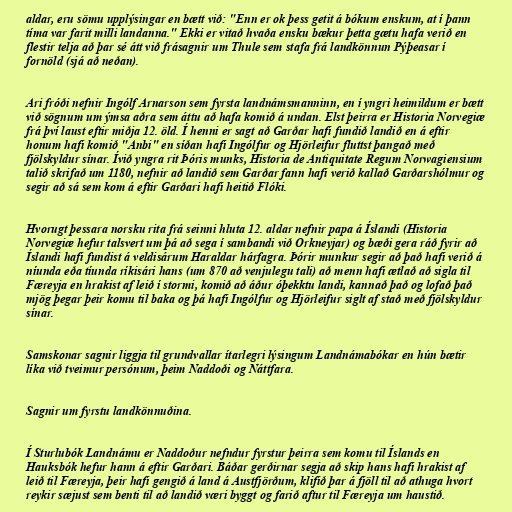
aldar, eru sömu upplýsingar en bætt við: "Enn er ok þess getit á bókum enskum, at í þann
tíma var farit milli landanna." Ekki er vitað hvaða ensku bækur þetta gætu hafa verið en
flestir telja að þar sé átt við frásagnir um Thule sem stafa frá landkönnun Pýþeasar í
fornöld (sjá að neðan).

Ari fróði nefnir Ingólf Arnarson sem fyrsta landnámsmanninn, en í yngri heimildum er bætt
við sögnum um ýmsa aðra sem áttu að hafa komið á undan. Elst þeirra er Historia Norvegiæ
frá því laust eftir miðja 12. öld. Í henni er sagt að Garðar hafi fundið landið en á eftir
honum hafi komið "Anbi" en síðan hafi Ingólfur og Hjörleifur fluttst þangað með
fjölskyldur sínar. Ívið yngra rit Þóris munks, Historia de Antiquitate Regum Norwagiensium
talið skrifað um 1180, nefnir að landið sem Garðar fann hafi verið kallað Garðarshólmur og
segir að sá sem kom á eftir Garðari hafi heitið Flóki.

Hvorugt þessara norsku rita frá seinni hluta 12. aldar nefnir papa á Íslandi (Historia
Norvegiæ hefur talsvert um þá að sega í sambandi við Orkneyjar) og bæði gera ráð fyrir að
Íslandi hafi fundist á veldisárum Haraldar hárfagra. Þórir munkur segir að það hafi verið á
níunda eða tíunda ríkisári hans (um 870 að venjulegu tali) að menn hafi ætlað að sigla til
Færeyja en hrakist af leið í stormi, komið að áður óþekktu landi, kannað það og lofað það
mjög þegar þeir komu til baka og þá hafi Ingólfur og Hjörleifur siglt af stað með fjölskyldur
sínar.

Samskonar sagnir liggja til grundvallar ítarlegri lýsingum Landnámabókar en hún bætir
líka við tveimur persónum, þeim Naddoði og Náttfara.

Sagnir um fyrstu landkönnuðina.

Í Sturlubók Landnámu er Naddoður nefndur fyrstur þeirra sem komu til Íslands en
Hauksbók hefur hann á eftir Garðari. Báðar gerðirnar segja að skip hans hafi hrakist af
leið til Færeyja, þeir hafi gengið á land á Austfjörðum, klifið þar á fjöll til að athuga hvort
reykir sæjust sem benti til að landið væri byggt og farið aftur til Færeyja um haustið.